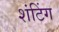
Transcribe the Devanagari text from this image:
शंटिंग